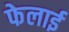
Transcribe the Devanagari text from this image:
फेलाई